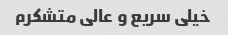
خیلی سریع و عالی متشکرم